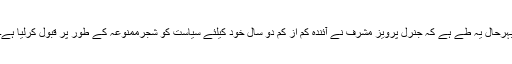
بہرحال یہ طے ہے کہ جنرل پرویز مشرف نے آئندہ کم از کم دو سال خود کیلئے سیاست کو شجرممنوعہ کے طور پر قبول کرلیا ہے۔